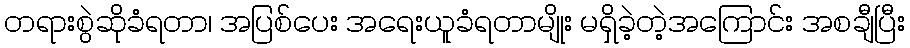
တရားစွဲဆိုခံရတာ၊ အပြစ်ပေး အရေးယူခံရတာမျိုး မရှိခဲ့တဲ့အကြောင်း အစချီပြီး